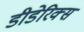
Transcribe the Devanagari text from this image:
डीडेरिक्स